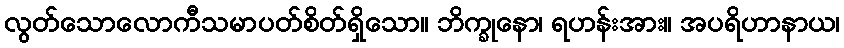
လွတ်သောလောကီသမာပတ်စိတ်ရှိသော။ ဘိက္ခုနော၊ ရဟန်းအား။ အပရိဟာနာယ၊